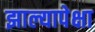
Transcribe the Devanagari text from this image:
झाल्यापेक्षा